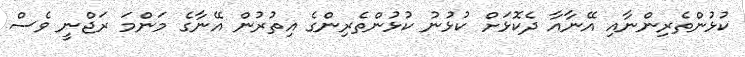
ކުޅުންތެރިންނާއި އޭނާއާ ދެކޮޅަށް ކުޅުނު ކުޅުންތެރިންގެ އިތުރުން އޭނާގެ މަންމަ ރަޖްނީ ވެސް